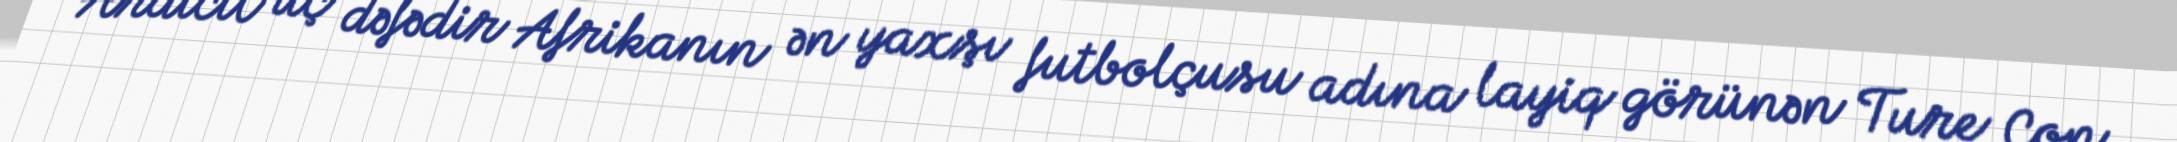
Ardıcıl üç dəfədir Afrikanın ən yaxşı futbolçusu adına layiq görünən Ture Con